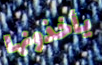
يأخذونها